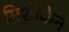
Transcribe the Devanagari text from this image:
मिशोकेन